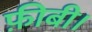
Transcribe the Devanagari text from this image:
फ़ीबी।